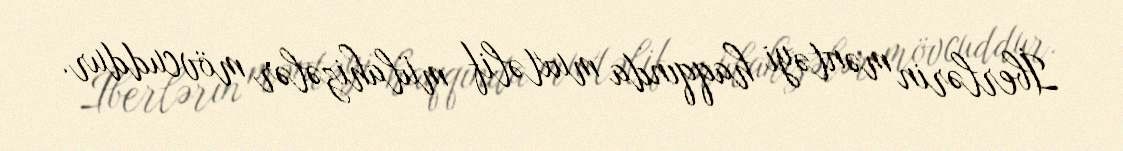
İberlərin məntəyi haqqında muxtəlif mülahizələr mövcuddur.